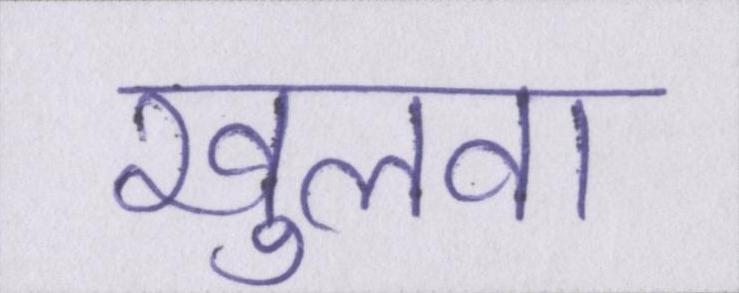
खुलवा